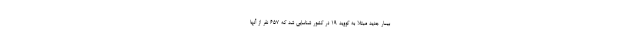
بیمار جدید مبتلا به کووید ۱۹ در کشور شناسایی شد که ۶۵۷ نفر از آنها